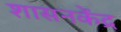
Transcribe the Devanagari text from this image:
शासनकेंद्र